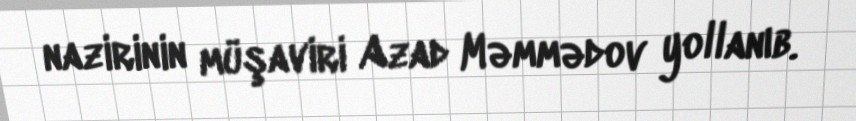
nazirinin müşaviri Azad Məmmədov yollanıb.